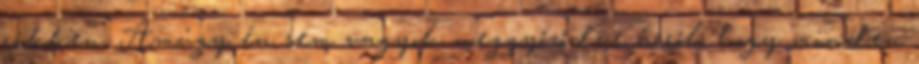
cikken. Amúgy én sem vagyok meggyőződve arról, hogy minden